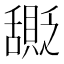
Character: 𬜎